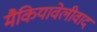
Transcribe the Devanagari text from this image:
मैकियावेलीवाद